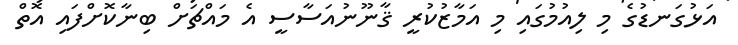
އަޅުގަނޑުގެ މި ލިއުމުގައި މި އަމާޒުކުރީ ޤާނޫނުއަސާސީ އެ މައްޗަށް ބިނާކޮށްފައި އޮތް